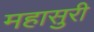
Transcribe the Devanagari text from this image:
महासुरी